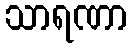
သာရဏာ